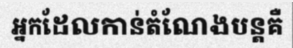
អ្នកដែលកាន់តំណែងបន្តគឺ